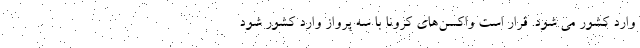
وارد کشور می شود. قرار است واکسن‌های کرونا با سه پرواز وارد کشور شود